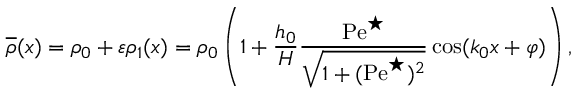
\overline { { \rho } } ( x ) = \rho _ { 0 } + \varepsilon \rho _ { 1 } ( x ) = \rho _ { 0 } \left( 1 + \frac { h _ { 0 } } { H } \frac { \mathrm { P e } ^ { \star } } { \sqrt { 1 + ( \mathrm { P e } ^ { \star } ) ^ { 2 } } } \cos ( k _ { 0 } x + \varphi ) \right) ,